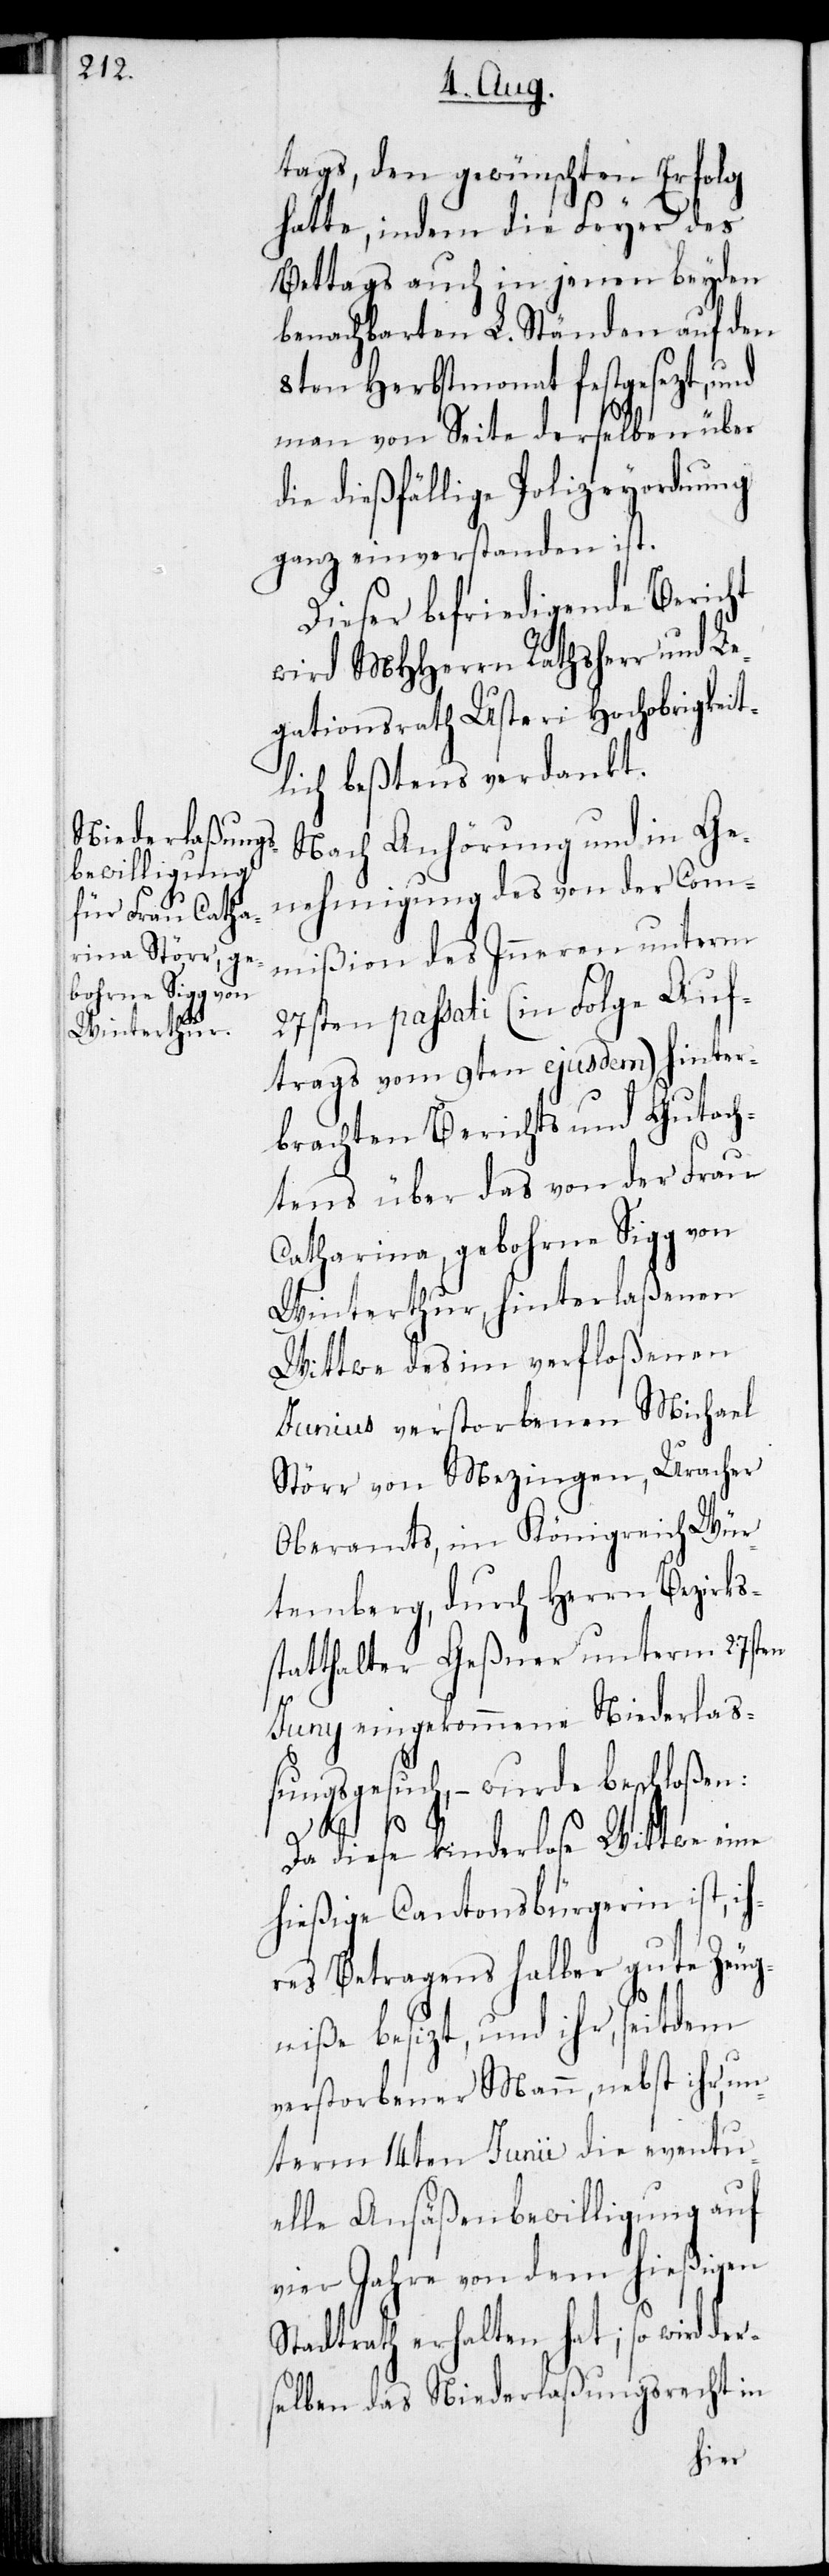
tags, den gewünschten Erfolg
hatte, indem die Feyer des
Bettags auch in jenen beyden
benachbarten L. Ständen auf den
8ten Herbstmonat festgesezt, und
man von Seite derselben über
die dießfällige Polizeyordnung
ganz einverstanden ist.
Dieser befriedigende Bericht
wird MHHerrn Rathsherr und Le¬
gationsrath Usteri Hochobrigkeit¬
lich beßtens verdankt.
Nach Anhörung und in Ge¬
nehmigung des von der Com¬
mißion des Inneren unterm
27sten passati (in Folge Auf¬
trags vom 9ten ejusdem) hinter¬
brachten Berichts und Gutach¬
tens über das von der Frau
Catharina, gebohrne Sigg von
Winterthur, hinterlaßenen
Wittwe des im verfloßenen
Junius verstorbenen Michael
Störr von Mezingen, Uracher
Oberamts, im Königreich Wür¬
temberg, durch Herrn Bezirks¬
statthalter Geßner unterm 27sten
Juny eingekommene Niederla¬
ßungsgesuch, – wurde beschloßen:
Da diese kinderlose Wittwe eine
hießige Cantonsbürgerin ist, i¬
hres Betragens halber gute Zeug¬
niße besizt, und ihr, seitdem
verstorbener Mann, nebst ihr, un¬
term 14ten Junii die eventu¬
elle Ansäßenbewilligung auf
vier Jahre von dem hießigen
Stadtrath erhalten hat; so wird der¬
selben das Niederlaßungsrecht in